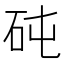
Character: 砘